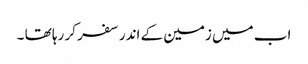
اب میں زمین کے اندر سفر کر رہا تھا ۔